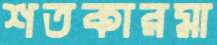
শতকারমা